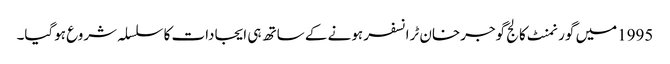
1995میں گورنمنٹ کالج گوجرخان ٹرانسفر ہونے کے ساتھ ہی ایجادات کا سلسلہ شروع ہوگیا۔